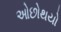
ઓછોથયો